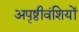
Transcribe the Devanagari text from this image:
अपृष्ठीवंशियों